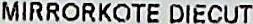
MIRRORKOTE DIECUT